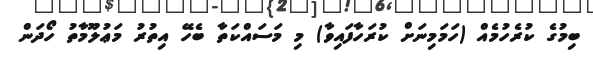
ބިމުގެ ކުރެހުމެއް (ހަމަމިނަށް ކުރަހާފައިވާ) މި މަސައްކަތާ ބެހޭ އިތުރު މަޢުލޫމާތު ހޯދަން